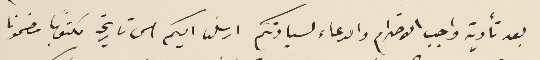
بعد تأدية واجب الاحترام والدعاء لسيادتكم ارسلنا اليكم الى تاريخه مكتوبًا مضمونا